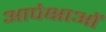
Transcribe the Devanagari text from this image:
आपेक्षाओं